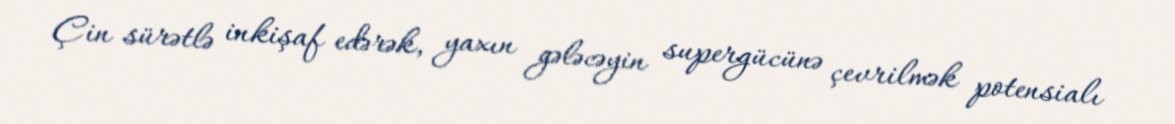
Çin sürətlə inkişaf edərək, yaxın gələcəyin supergücünə çevrilmək potensialı